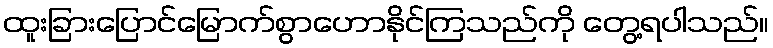
ထူးခြားပြောင်မြောက်စွာဟောနိုင်ကြသည်ကို တွေ့ရပါသည်။